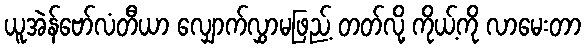
ယူအဲန်ဗော်လံတီယာ လျှောက်လွှာမဖြည့် တတ်လို့ ကိုယ့်ကို လာမေးတာ